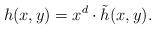
LaTeX: \begin{align*} h(x,y)=x^{d}\cdot \tilde{h}(x,y).\end{align*}